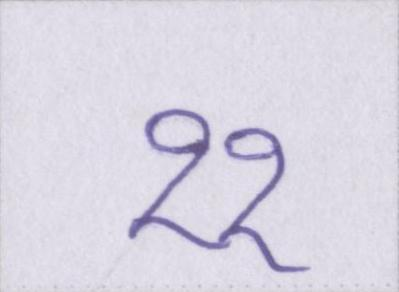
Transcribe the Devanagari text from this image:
११